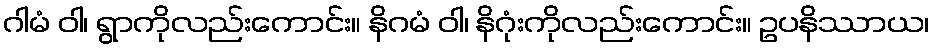
ဂါမံ ဝါ၊ ရွာကိုလည်းကောင်း။ နိဂမံ ဝါ၊ နိဂုံးကိုလည်းကောင်း။ ဥပနိဿာယ၊